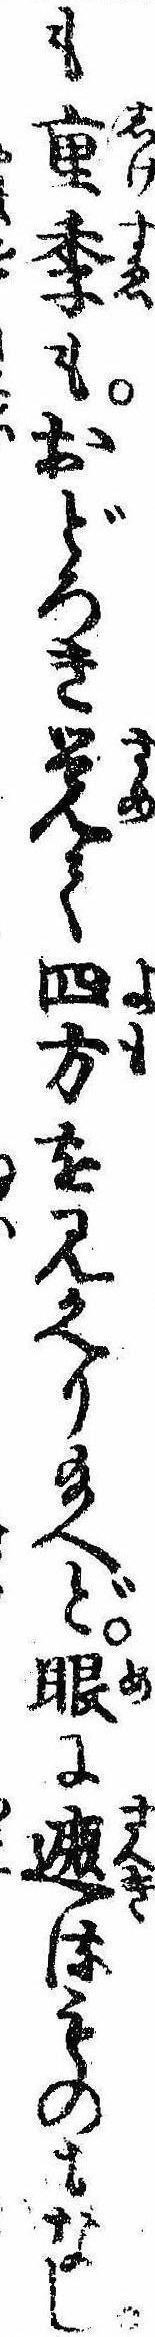
も重季もおどろき覚て四方を見かへり給へど眼に遮るものもなし